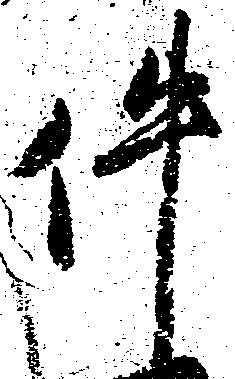
件